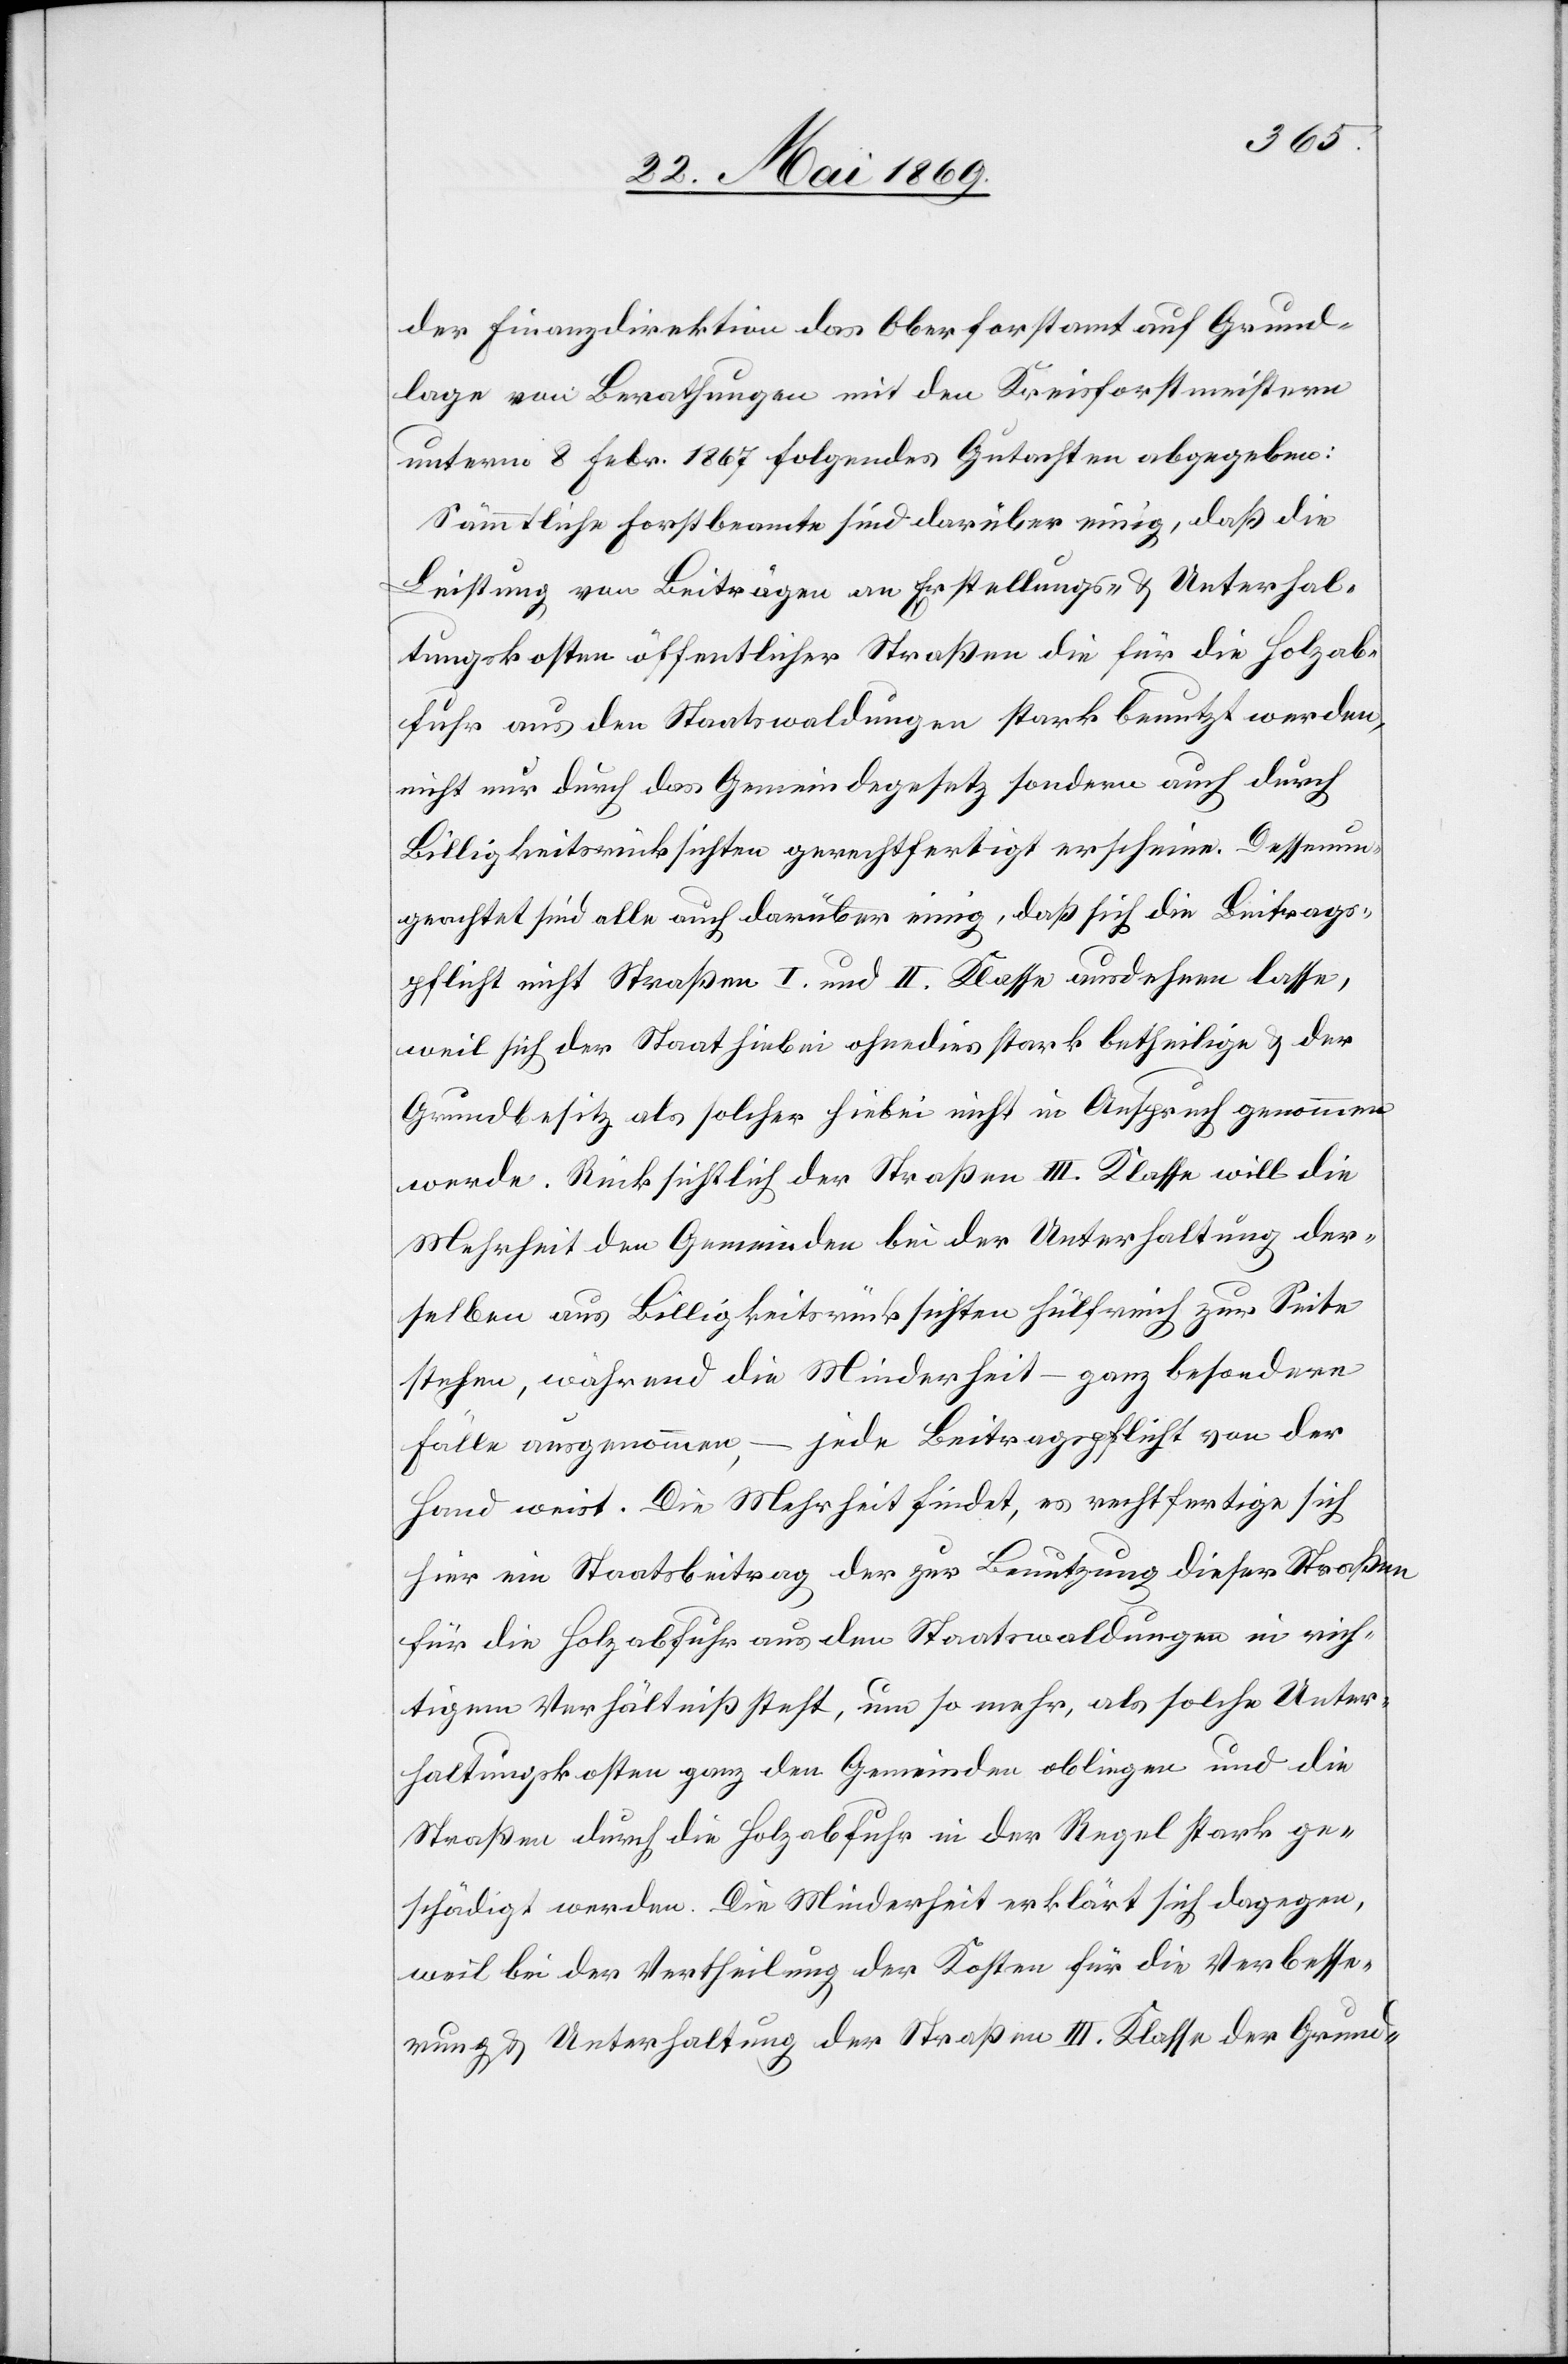
der Finanzdirektion das Oberforstamt auf Grund¬
lage von Berathungen mit den Kreisforstmeistern
unterm 8 Febr. 1867 folgendes Gutachten abgegeben:
Sämmtliche Forstbeamte sind darüber einig, daß die
Leistung von Beiträgen an Erstellungs- u. Unterhal¬
tungskosten öffentlicher Straßen die für die Holzab¬
fuhr aus den Staatswaldungen stark benutzt werden,
nicht nur durch das Gemeindegesetz sondern auch durch
Billigkeitsrücksichten gerechtfertigt erscheine. Dessenun¬
geachtet sind alle auch darüber einig, daß sich die Beitrags¬
pflicht nicht [auf] Straßen I und II. Klasse ausdehnen lasse,
weil sich der Staat hiebei ohnedies stark betheilige u. der
Grundbesitz als solcher hiebei nicht in Anspruch genommen
werde. Rücksichtlich der Straßen III. Klasse will die
Mehrheit den Gemeinden bei der Unterhaltung der¬
selben aus Billigkeitsrücksichten hülfreich zur Seite
stehen, während die Minderheit – ganz besondere
Fälle ausgenommen, – jede Beitragspflicht von der
Hand weist. Die Mehrheit findet, es rechtfertige sich
hier ein Staatsbeitrag der zur Benutzung dieser Straßen
für die Holzabfuhr aus den Staatswaldungen in rich¬
tigem Verhältnisse steht, um so mehr, als solche Unter¬
haltungskosten ganz den Gemeinden obliegen und die
Straßen durch die Holzabfuhr in der Regel stark ge¬
schädigt werden. Die Minderheit erklärt sich dagegen,
weil bei der Vertheilung der Kosten für die Verbesse¬
rung u. Unterhaltung der Straßen III. Klasse der Grund-